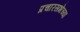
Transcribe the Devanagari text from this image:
प्रचारसभेच्या